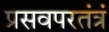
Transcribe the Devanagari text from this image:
प्रसवपरतंत्रं